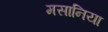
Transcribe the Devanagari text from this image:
मसानिया